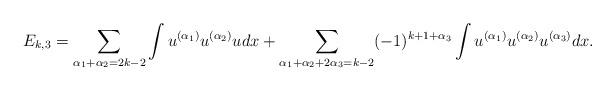
LaTeX: \begin{align*} E_{k,3} = \sum_{\alpha_1+\alpha_2=2k-2} \int u^{(\alpha_1)} u^{(\alpha_2)} u dx+\sum_{\alpha_1+\alpha_2+2\alpha_3=k-2} (-1)^{k+1+\alpha_3}\int u^{(\alpha_1)} u^{(\alpha_2)} u^{(\alpha_3)}dx. \end{align*}